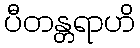
ပီတန္တရာဟိ